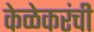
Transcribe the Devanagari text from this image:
केळेकरंची